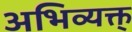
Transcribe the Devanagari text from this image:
अभिव्यक्त्